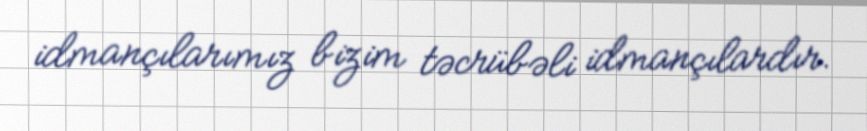
idmançılarımız bizim təcrübəli idmançılardır.